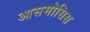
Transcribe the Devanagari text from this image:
आसमोसिस